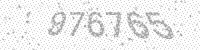
Solution: 976765